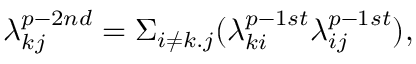
\lambda _ { k j } ^ { p - 2 n d } = \Sigma _ { i \neq k . j } ( \lambda _ { k i } ^ { p - 1 s t } \lambda _ { i j } ^ { p - 1 s t } ) ,